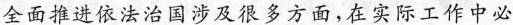
全面推进依法治国涉及很多方面，在实际工作中必